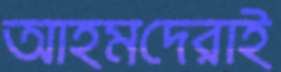
আহমদেরাই